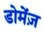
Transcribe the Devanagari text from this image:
डोमेंज़